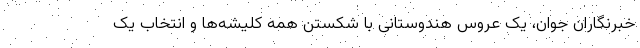
خبرنگاران جوان، یک عروس هندوستانی با شکستن همه کلیشه‌ها و انتخاب یک